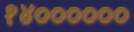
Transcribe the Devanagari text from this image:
१४००००००